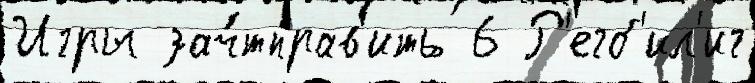
Игры зач́тправ'ить 6 Р'егб'ил'иг